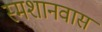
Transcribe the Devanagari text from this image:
स्मशानवास